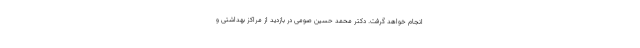
انجام خواهد گرفت. دکتر محمد حسین صومی در بازدید از مراکز بهداشتی و